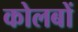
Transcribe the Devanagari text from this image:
कोलबों